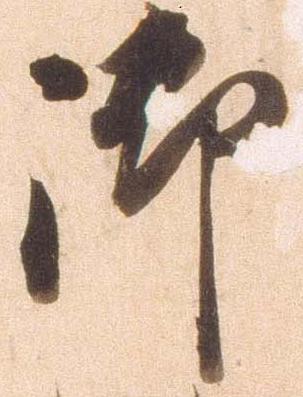
御